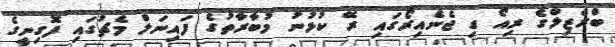
ބްރެޒިލްގެ ރިއޯ ޑި ޖެނެއިރޯގައި ރޭ ކުޅުނު މުބާރާތުގެ ފައިނަލް މެޗުގައި ފޮގިނީގެ